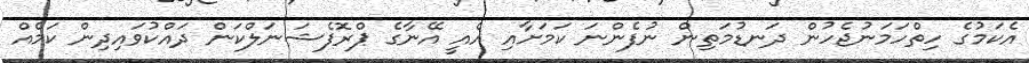
އެކަމުގެ ހިތްހަމަނުޖެހުން ދަނޑުމަތިން ނުފެންނަ ކަމަށާއި އެއީ އޭނާގެ ޕްރޮފެޝަނަލްކަން ދައްކުވައިދިން ކަމެއް